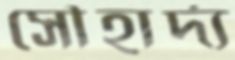
সৌহার্দ্য